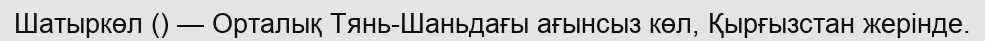
Шатыркөл () — Орталық Тянь-Шаньдағы ағынсыз көл, Қырғызстан жерінде.